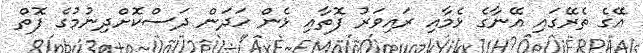
އޭގެ ތެރޭގައި އޭނާގެ ޅެމާއި ރައިވަރު ފޮތާއި ޅެން ހަދަން ދަސްކޮށްދިނުމުގެ ފޮތް